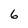
Character: 6